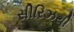
સીરિઝથી